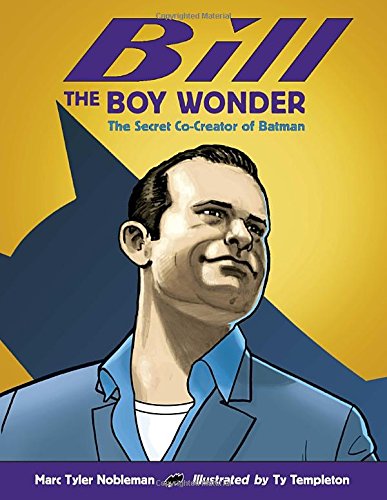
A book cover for Bill the Boy Wonder: The Secret Co-Creator of Batman; Marc Tyler Nobleman; Children's Books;